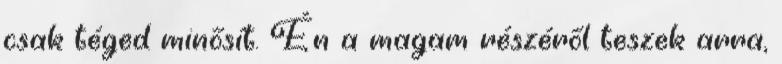
csak téged minősít. Én a magam részéről teszek arra,